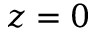
z = 0